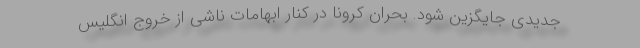
جدیدی جایگزین شود. بحران کرونا در کنار ابهامات ناشی از خروج انگلیس